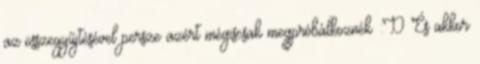
az összegyűjtésével persze azért mégiscsak megpróbálkoznék :D És akkor